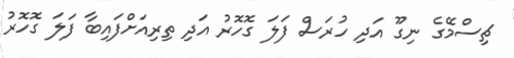
ޗިސްމޭގެ ނިގޫ އަދި ހުރަސް ފަލަ ގޮހޮރު އަދި ތިރިއަށްފައިބާ ފަލަ ގޮހޮރު